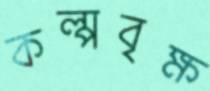
কল্পবৃক্ষ